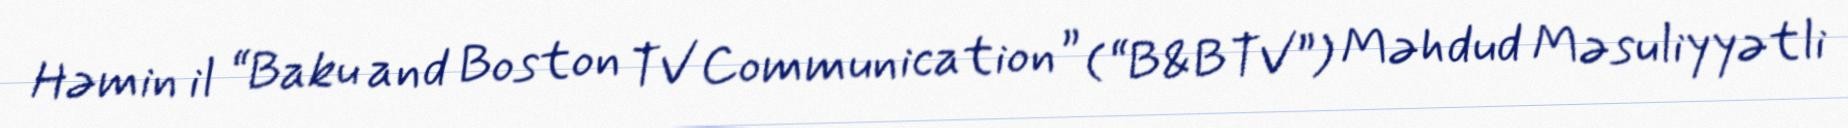
Həmin il “Baku and Boston TV Communication” (“B&BTV”) Məhdud Məsuliyyətli